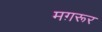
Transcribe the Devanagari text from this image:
मग़रूर